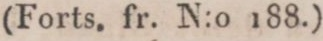
(Forts. fr. N:o 188.)